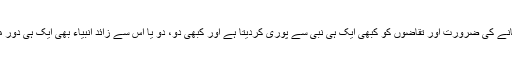
اللہ رب العزت اس زمانے کی ضرورت اور تقاضوں کو کبھی ایک ہی نبی سے پوری کردیتا ہے اور کبھی دو، دو یا اس سے زائد انبیاء بھی ایک ہی دور میں مبعوث فرماتا ہے۔